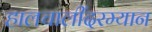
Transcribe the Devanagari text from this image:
हालचालींदरम्यान